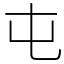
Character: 屯